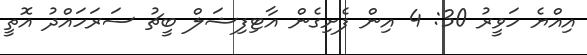
އިއްޔެ ހަވީރު 30: 4 އިން ފެށިގެން އާޓިފިޝަލް ބީޗު ސަރަހައްދު އޮތީ